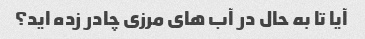
آیا تا به حال در آب های مرزی چادر زده اید؟